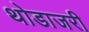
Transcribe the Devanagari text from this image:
थोडाजरी